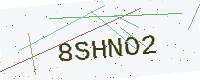
Text: 8SHNO2